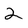
Character: 2